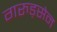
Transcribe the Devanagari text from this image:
गरुड़सेन